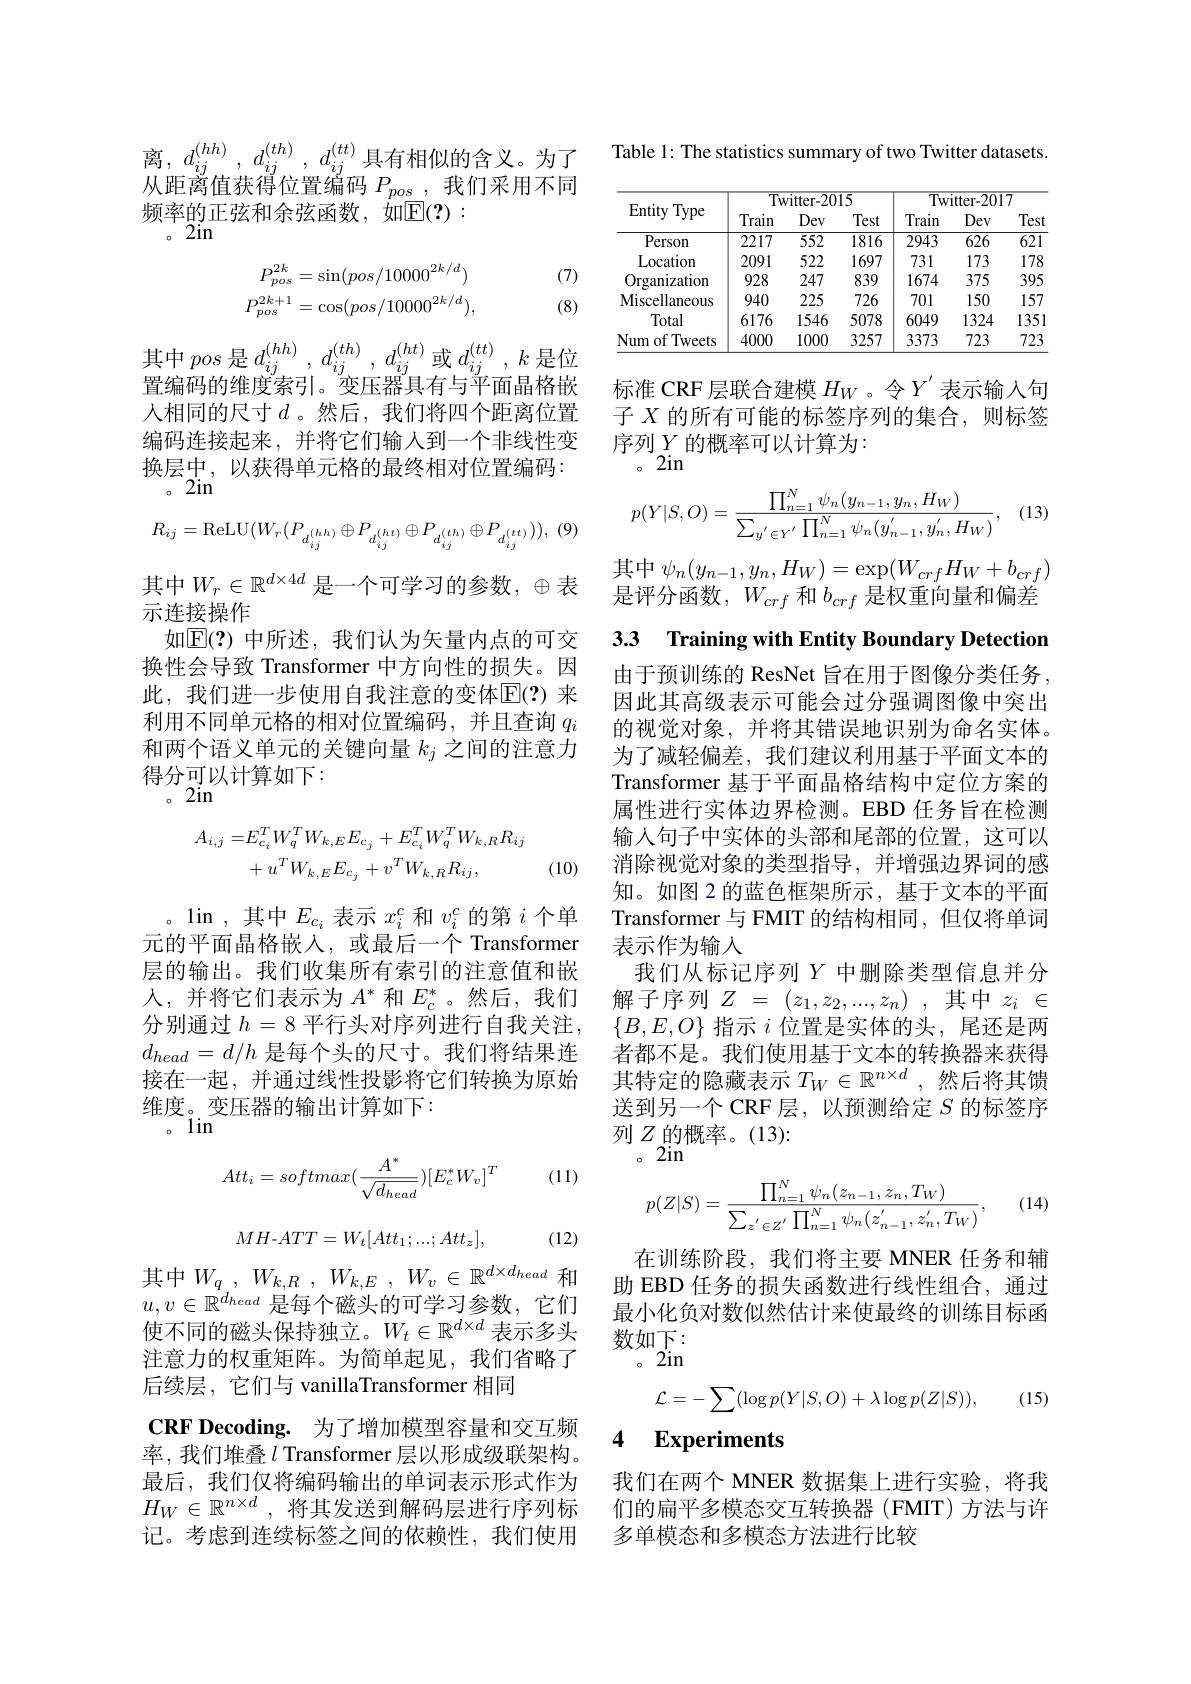
离，$d_{ij}^{( hh) }$, $d_{ij}^{( th) }$, $d_{ij}^{( tt) }$具有相似的含义。为了从距离值获得位置编码$P_pos$,我们采用不同频率的正弦和余弦函数，如$\overline{\mathrm{E}}(?):$
。2in
$$\begin{aligned}P_{pos}^{2k}&=\sin(pos/10000^{2k/d})\\P_{pos}^{2k+1}&=\cos(pos/10000^{2k/d}),\end{aligned}$$
(7) (8)
$$R_{ij}=\mathrm{ReLU}(W_r(P_{d_{ij}^{(hh)}}\oplus P_{d_{ij}^{(ht)}}\oplus P_{d_{ij}^{(th)}}\oplus P_{d_{ij}^{(tt)}})),$$
其中pos 是$d_ij^{(hh)},d_{ij}^{(th)},d_{ij}^{(ht)}$或$d_ij^{(tt)},k$是位置编码的维度索引。变压器具有与平面晶格嵌人相同的尺寸$d$。然后，我们将四个距离位置编码连接起来，并将它们输人到一个非线性变换层中，以获得单元格的最终相对位置编码： $\stackrel{{\sim/\Delta}}{。2\mathrm{in}}$
其中$W_r\in\mathbb{R}^{d\times4d}$ 是一个可学习的参数，$\oplus$表
示连接操作
如$\mathbb{E}(?)$ 中所述，我们认为矢量内点的可交换性会导致 Transformer 中方向性的损失。因此，我们进一步使用自我注意的变体$\operatorname{E}(?)$ 来利用不同单元格的相对位置编码，并且查询$q_i$ 和两个语义单元的关键向量$k_j$之间的注意力得分可以计算如下：
。2in
$$\begin{aligned}A_{i,j}=&E_{c_{i}}^{T}W_{q}^{T}W_{k,E}E_{c_{j}}+E_{c_{i}}^{T}W_{q}^{T}W_{k,R}R_{ij}\\&+u^{T}W_{k,E}E_{c_{j}}+v^{T}W_{k,R}R_{ij},\end{aligned}$$
(10)

。1in ,其中$E_{c_i}$表示$x_i^c$和$v_i^c$的第$i$个单元的平面晶格嵌人，或最后一个 Transformer 层的输出。我们收集所有索引的注意值和嵌人，并将它们表示为$A^*$和$E_c^*$。然后，我们分别通过$h=8$平行头对序列进行自我关注， $d_{head}=d/h$是每个头的尺寸。我们将结果连接在一起，并通过线性投影将它们转换为原始维度。变压器的输出计算如下：
$。1in$

(11)
$$Att_i=softmax(\frac{A^*}{\sqrt{d_{head}}})[E_c^*W_v]^T$$
$$MH\text{-}ATT=W_t[Att_1;...;Att_z],$$
(12)

$u,v\in\mathbb{R}^{d_{head}}$是每个磁头的可学习参数，它们使不同的磁头保持独立。$W_t\in\mathbb{R}^{d\times d}$表示多头注意力的权重矩阵。为简单起见，我们省略了后续层，它们与 vanillaTransformer 相同
CRF Decoding. 为了增加模型容量和交互频率，我们堆叠$l$ Transformer 层以形成级联架构。最后，我们仅将编码输出的单词表示形式作为$H_W\in \mathbb{R} ^{n\times d}$ ,将其发送到解码层进行序列标记。考虑到连续标签之间的依赖性，我们使用

Table 1: The statistics summary of two Twitter datasets.

<table>
	<tbody>
		<tr>
			<th rowspan="2">Entity Type</th>
			<th colspan="3">Twitter-2015</th>
			<th colspan="3">Twitter-2017</th>
		</tr>
		<tr>
			<th>Train</th>
			<th>Dev</th>
			<th>Test</th>
			<th>Train</th>
			<th>Dev</th>
			<th>Test</th>
		</tr>
		<tr>
			<td>Person</td>
			<td>2217</td>
			<td>$\overline{552}$</td>
			<td>$\overline{1816}$</td>
			<td>2943</td>
			<td>$\overline{626}$</td>
			<td>$\overline{621}$</td>
		</tr>
		<tr>
			<td>Location</td>
			<td>2091</td>
			<td>522</td>
			<td>1697</td>
			<td>731</td>
			<td>173</td>
			<td>178</td>
		</tr>
		<tr>
			<td>Organization</td>
			<td>928</td>
			<td>247</td>
			<td>839</td>
			<td>1674</td>
			<td>375</td>
			<td>395</td>
		</tr>
		<tr>
			<td>Miscellaneous</td>
			<td>940</td>
			<td>225</td>
			<td>726</td>
			<td>701</td>
			<td>150</td>
			<td>157</td>
		</tr>
		<tr>
			<td>Total</td>
			<td>6176</td>
			<td>1546</td>
			<td>5078</td>
			<td>6049</td>
			<td>1324</td>
			<td>1351</td>
		</tr>
		<tr>
			<td>Num of T Tweets</td>
			<td>4000</td>
			<td>1000</td>
			<td>3257</td>
			<td>3373</td>
			<td>723</td>
			<td>723</td>
		</tr>
	</tbody>
</table>

标准 CRF 层联合建模$H_W$ 。令$Y^{\prime}$表示输入句子$X$的所有可能的标签序列的集合，则标签序列$\underset{2\mathrm{in}}{\operatorname*{Y}}$的概率可以计算为：

(13)
$$p(Y|S,O)=\frac{\prod_{n=1}^N\psi_n(y_{n-1},y_n,H_W)}{\sum_{y'\in Y'}\prod_{n=1}^N\psi_n(y_{n-1}^{'},y_n^{'},H_W)},$$
其中$\psi_n(y_{n-1},y_{n},H_{W})=\exp(W_{crf}H_{W}+b_{crf})$ 是评分函数，$W_crf$和$b_{crf}$是权重向量和偏差

3.3 Training with Entity Boundary Detection 由于预训练的 ResNet 旨在用于图像分类任务因此其高级表示可能会过分强调图像中突出的视觉对象，并将其错误地识别为命名实体。为了减轻偏差，我们建议利用基于平面文本的Transformer 基于平面晶格结构中定位方案的属性进行实体边界检测。EBD 任务旨在检测输入句子中实体的头部和尾部的位置，这可以消除视觉对象的类型指导，并增强边界词的感知。如图 2 的蓝色框架所示 ,基于文本的平面Transformer 与 FMIT 的结构相同，但仅将单词表示作为输入
我们从标记序列$Y$中删除类型信息并分解子序列$Z$ = $( z_1, z_2, . . . , z_n)$ ,其中$z_i$ $\in$ $\{B,E,O\}$指示$i$位置是实体的头，尾还是两者都不是。我们使用基于文本的转换器来获得其特定的隐藏表示$T_W\in\mathbb{R}^{n\times d}$ ,然后将其馈送到另一个 CRF层，以预测给定$S$的标签序列$Z$的概率。(13):
。2in

(14)
$$p(Z|S)=\frac{\prod_{n=1}^N\psi_n(z_{n-1},z_n,T_W)}{\sum_{z^{'}\in Z^{'}}\prod_{n=1}^N\psi_n(z_{n-1}^{'},z_n^{'},T_W)},$$
在训练阶段，我们将主要 MNER 任务和辅
其中$W_q,W_{k,R},W_{k,E},W_v\in\mathbb{R}^{d\times d_{head}}$和 助 EBD 任务的损失函数进行线性组合，通过
最小化负对数似然估计来使最终的训练目标函
数如下： 。2in
$$\mathcal{L}=-\sum(\log p(Y|S,O)+\lambda\log p(Z|S)),$$
(15)

### 4 $\textbf{Experiments}$

我们在两个 MNER 数据集上进行实验，将我们的扁平多模态交互转换器(FMIT)方法与许多单模态和多模态方法进行比较